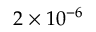
2 \times 1 0 ^ { - 6 }